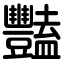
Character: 豔